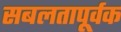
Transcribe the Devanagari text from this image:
सबलतापूर्वक